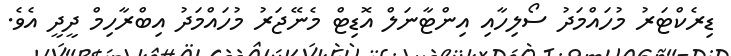
ޑިރެކްޓަރު މުހައްމަދު ސޯލިހާއި އިންޓާނަލް އޮޑިޓް މެނޭޖަރު މުހައްމަދު އިބްރާހިމް ދީދީ އެވެ.